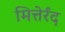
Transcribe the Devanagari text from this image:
मित्तेर्रंद